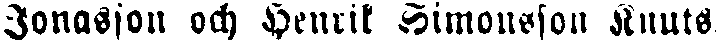
Jonasson och Henrik Simonsson Knuts.